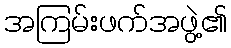
အကြမ်းဖက်အဖွဲ့၏